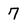
Character: 7